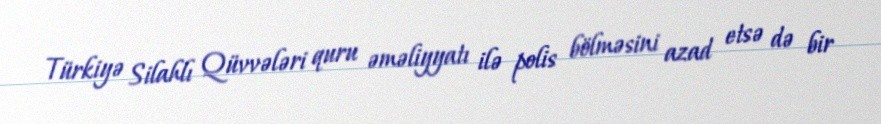
Türkiyə Silahlı Qüvvələri quru əməliyyatı ilə polis bölməsini azad etsə də bir